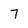
Character: 7